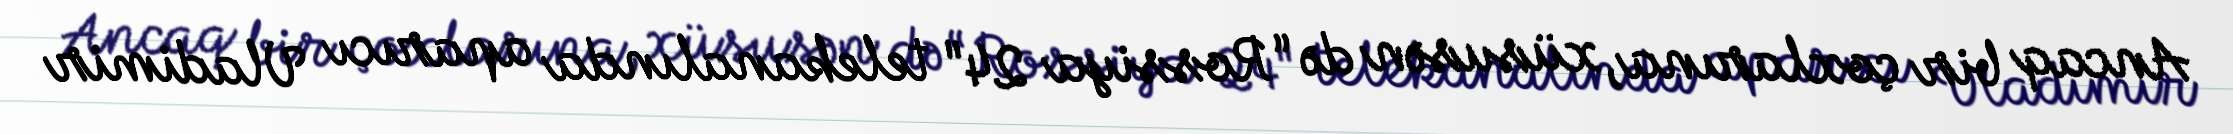
Ancaq bir çoxlarına, xüsusən də “Rossiya 24" telekanalında aparıcı Vladimir